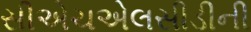
સીએચએલસીડીની